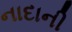
નાદાની